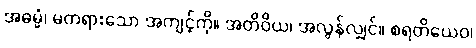
အဓမ္မံ၊ မတရားသော အကျင့်ကို။ အတိဝိယ၊ အလွန်လျှင်။ စရတိယေဝ၊